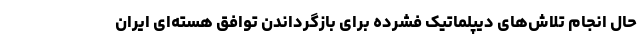
حال انجام تلاش‌های دیپلماتیک فشرده برای بازگرداندن توافق هسته‌ای ایران